Report on vaccination in Madras 1904-1921 - 1904-1921
Year: 1904
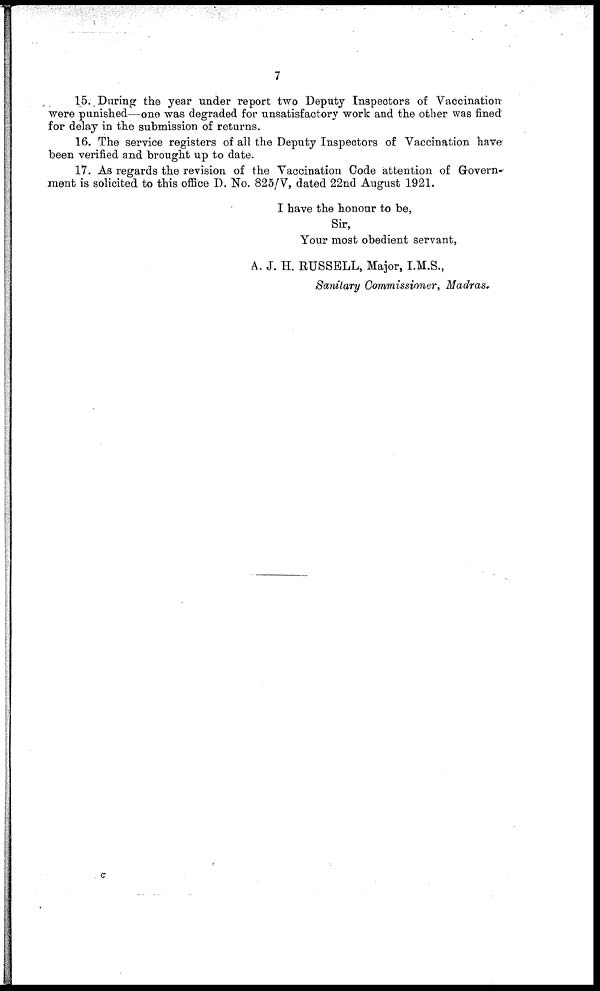
7
15. During the year under report two Deputy Inspectors of Vaccination
were punished—one was degraded for unsatisfactory work and the other was fined
for delay in the submission of returns.
16. The service registers of all the Deputy Inspectors of Vaccination have
been verified and brought up to date.
17. As regards the revision of the Vaccination Code attention of Govern¬
ment is solicited to this office D. No. 825/V, dated 22nd August 1921.
I have the honour to be,
Sir,
Your most obedient servant,
A. J. H. RUSSELL, Major, I.M.S.,
Sanitary Commissioner, Madras.
c